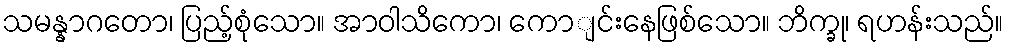
သမန္နာဂတော၊ ပြည့်စုံသော။ အာဝါသိကော၊ ကောျင်းနေဖြစ်သော။ ဘိက္ခု၊ ရဟန်းသည်။